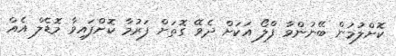
ކޮށްލުމުން ބޭނުންވާ ފްލޯ އަކަށް ދެވޭ ގޮތަށް ފަރުމާ ކޮށްފައިވާ މޮޑެލް އެއް